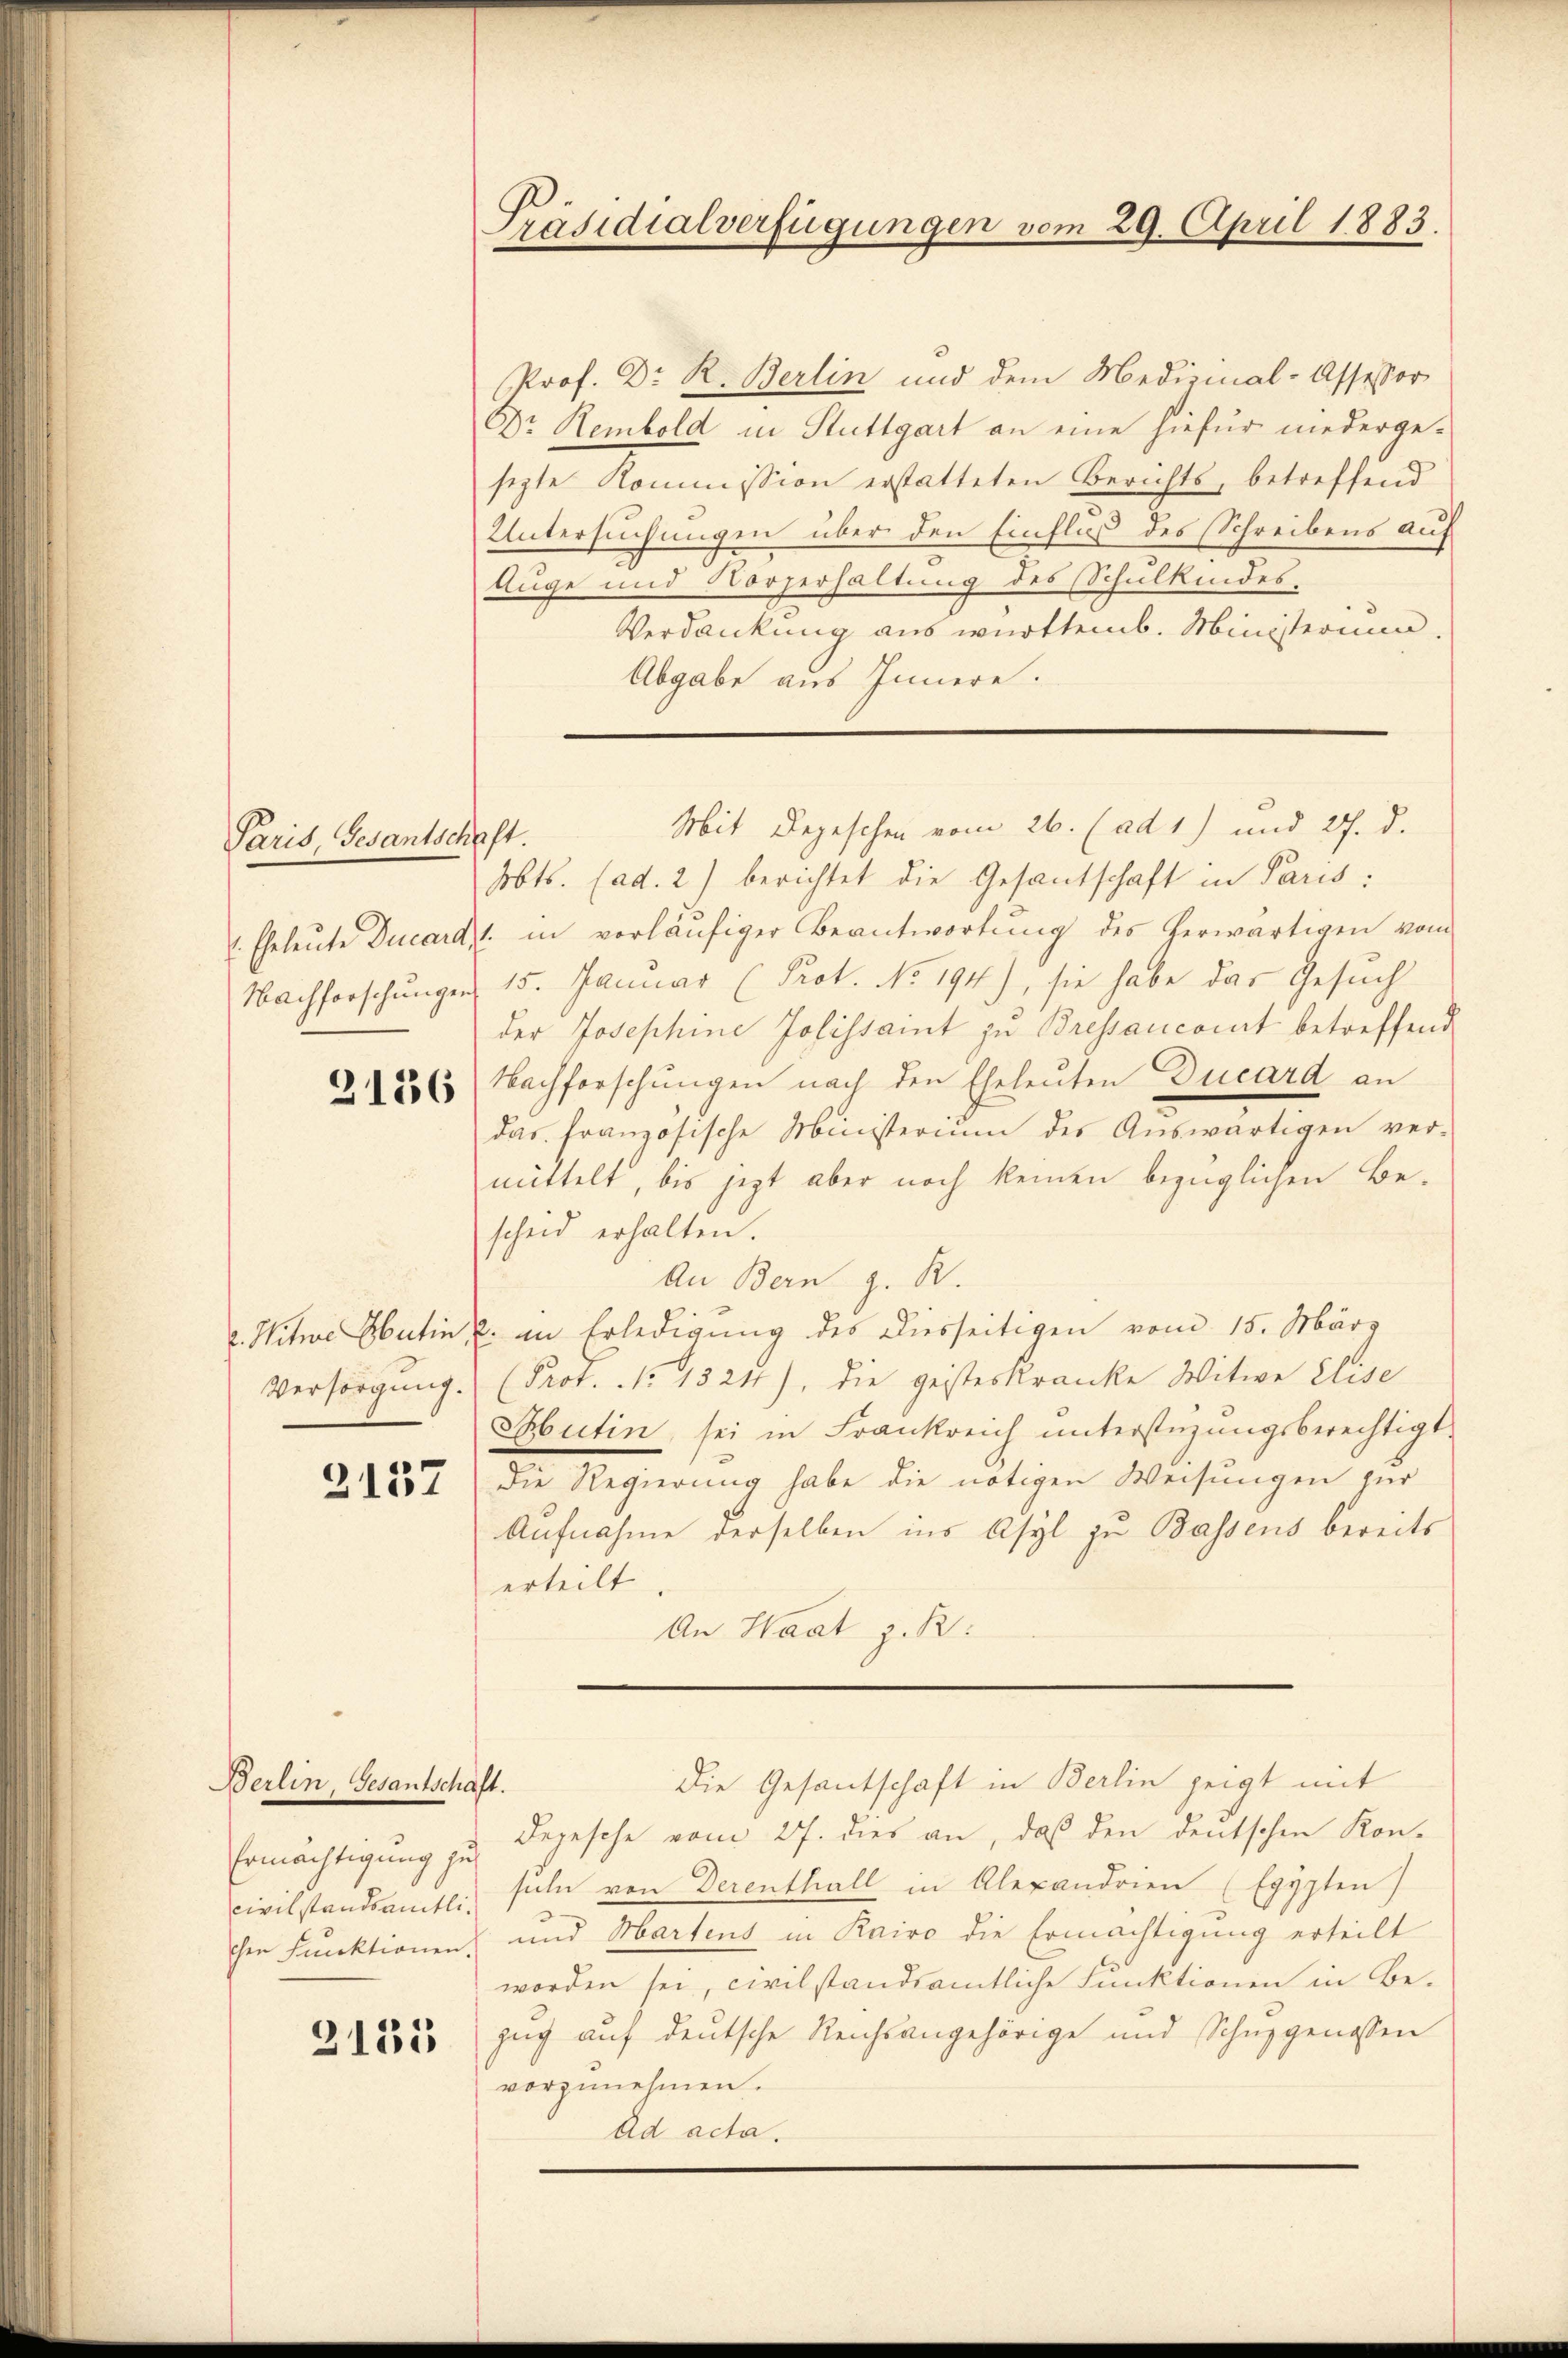
Paris, Gesantschaft.

2136

. Mitwe Obertin
Versorgung.

2157

Prof. Dr. R. Berlin und dem Medizinal-Assessor
Dr. Rembold in Stuttgart an eine hiefür niedergesizte Kommission erstatteten Berichts, betreffend
Untersuchungen über den Einfluß des Schreibens auf
Auge und Vorzerhaltung des Schulkindes-
Verdankung aus württemb. Ministerium
Abgabe aus Innere.

Berlin, Gesantschaft.
Ermächtigung zu
civilstandsamtlichen Funktionen.

3135

Präsidialverfügungen vom 29. April 1883.

Mit Depeschen vom 26. (ad 1) und 27. d.

Abts. (ad. 2) berichtet die Gesantschaft in Paris:
. Eheleute Ducard, 1. in vorläufiger Beantwortung des herwärtigen vom
Nachforschungen 15. Januar (Prot. No 194), sie habe das Gesuch
der Josephine Jolessamt zu Bressancoit betreffend
Nachforschungen nach den Eheleuten Ducard an
das französische Ministerium des Auswärtigen ver-
mittelt, bis jetzt aber noch keinen bezüglichen Bescheid erhalten.
An Bern z. R.
2. im Erledigung des Diesseitigen vom 15. März
(Prot. No 1324), die geisteskranke Witwe Elise
Mutin, sei in Frankreich unterstüzungsberechtigt,
Die Regierung habe die nötigen Weisungen zur
Aufnahme derselben ins Asyl zu Bassens bereits
erteilt
An Haat z. B.

Depesche vom 27. dies an, daß den deutschen Kon-
suln von Derenthall in Alexandrien (Egypten)
und Martens in Kairo die Ermächtigung erteilt
worden sei, civilstandsamtliche Funktionen in Be-
zug auf deutsche Reichsangehörige und Schnzgenossen
vorzunehmen.
Ad acta.

Die Gesantschaft in Berlin zeigt mit